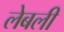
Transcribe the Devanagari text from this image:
लेबली